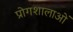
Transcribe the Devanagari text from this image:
प्रोगशालाओं